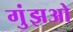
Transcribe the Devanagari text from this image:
गुंझओ